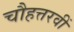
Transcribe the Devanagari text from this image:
चौहत्तरवीं